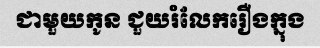
ជាមួយកូន ជួយរំលែករឿងក្នុង